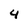
Character: 4